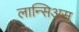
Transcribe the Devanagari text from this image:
लान्सिअस